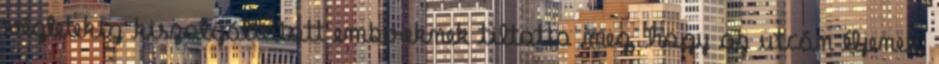
végletekig kiszolgáltatott embereknek tiltotta meg, hogy az utcán éljenek,